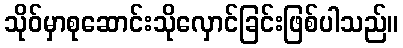
သိုဝ်မှာစုဆောင်းသိုလှောင်ခြင်းဖြစ်ပါသည်။